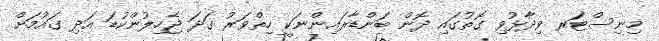
މިނިސްޓަރ ވިދާޅުވި ގޮތުގައި ދޮން ބަންޑާރައިންނަކީ ހިތްވަރު ގަދަ ޖެހިލުންކުޑަ އަދި ގައުމަށް